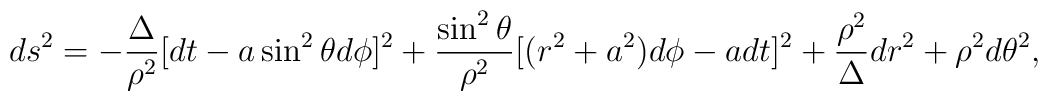
ds^2=-\frac{\Delta}{\rho^2} [dt -a\sin^2\theta d\phi ]^2+\frac{\sin^2\theta}{\rho^2}[(r^2+a^2)d\phi -a dt]^2 +\frac{\rho^2}{\Delta}dr^2 +\rho^2 d\theta^2,